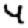
Digit: 4